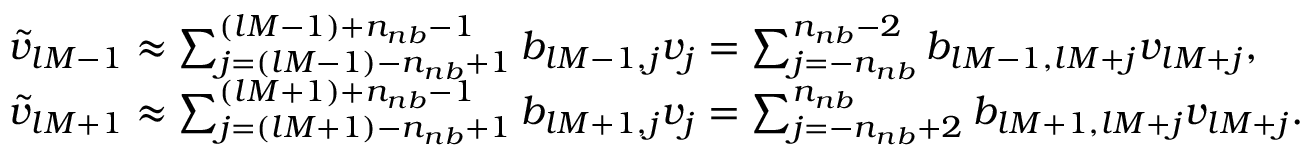
\begin{array} { r l } & { \widetilde v _ { l M - 1 } \approx \sum _ { j = ( l M - 1 ) - n _ { n b } + 1 } ^ { ( l M - 1 ) + n _ { n b } - 1 } b _ { l M - 1 , j } v _ { j } = \sum _ { j = - n _ { n b } } ^ { n _ { n b } - 2 } b _ { l M - 1 , l M + j } v _ { l M + j } , } \\ & { \widetilde v _ { l M + 1 } \approx \sum _ { j = ( l M + 1 ) - n _ { n b } + 1 } ^ { ( l M + 1 ) + n _ { n b } - 1 } b _ { l M + 1 , j } v _ { j } = \sum _ { j = - n _ { n b } + 2 } ^ { n _ { n b } } b _ { l M + 1 , l M + j } v _ { l M + j } . } \end{array}